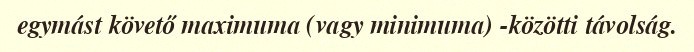
egymást követő maximuma (vagy minimuma) -közötti távolság.